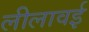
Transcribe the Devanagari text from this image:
लीलावई